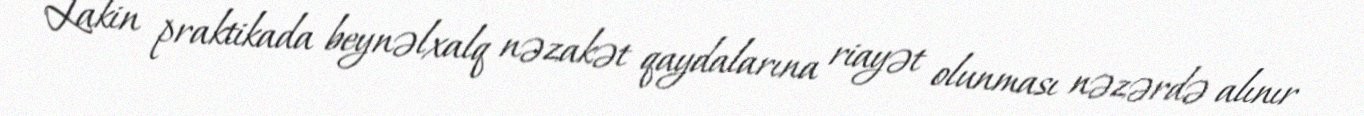
Lakin praktikada beynəlxalq nəzakət qaydalarına riayət olunması nəzərdə alınır